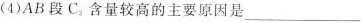
(4)AB段C_{3}含量较高的主要原因是___